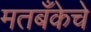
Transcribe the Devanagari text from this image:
मतबँकेचे